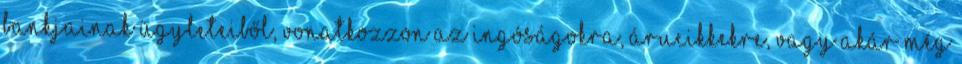
bankjainak ügyleteiből, vonatkozzon az ingóságokra, árucikkekre, vagy akár még